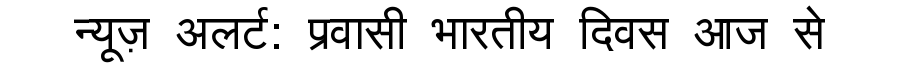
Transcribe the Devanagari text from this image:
न्यूज़ अलर्ट: प्रवासी भारतीय दिवस आज से